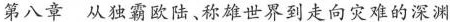
第八章 从独霸欧陆、称雄世界到走向灾难的深渊